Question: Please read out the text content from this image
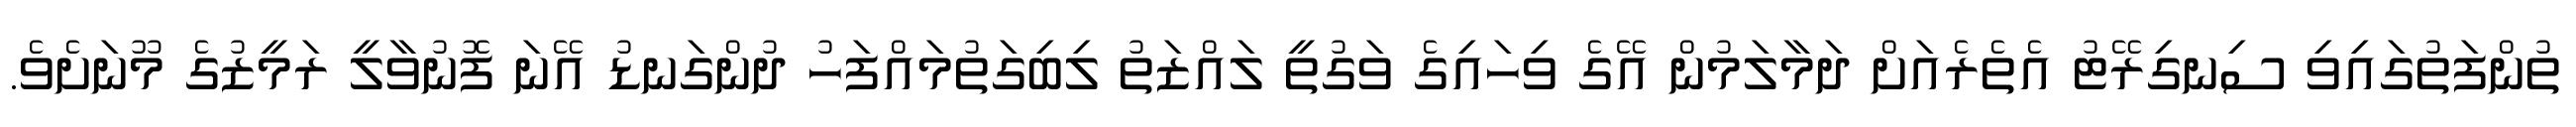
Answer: ތުންފަތުގައިވި ސިނގިރޭޓު އެތެރެއަށް ދަމާލަމުން އޭގެ ވިހައިގެ ވަގުތީ ލައްޒަތު ލިބިގަތުމައްފަހު ދުންގަނޑު އޭނަ ފޮނުވާލީ ރަމީޒުގެ މޫނަށެވެ.